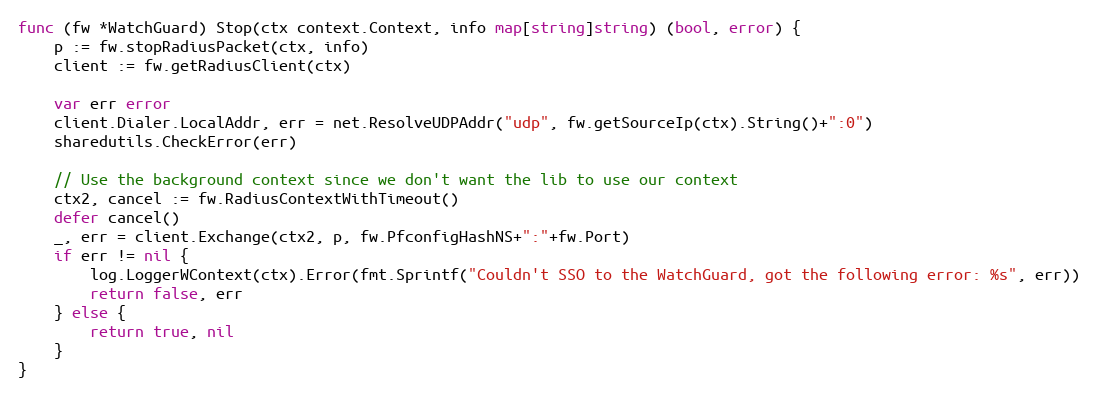
Language: Go
func (fw *WatchGuard) Stop(ctx context.Context, info map[string]string) (bool, error) {
	p := fw.stopRadiusPacket(ctx, info)
	client := fw.getRadiusClient(ctx)

	var err error
	client.Dialer.LocalAddr, err = net.ResolveUDPAddr("udp", fw.getSourceIp(ctx).String()+":0")
	sharedutils.CheckError(err)

	// Use the background context since we don't want the lib to use our context
	ctx2, cancel := fw.RadiusContextWithTimeout()
	defer cancel()
	_, err = client.Exchange(ctx2, p, fw.PfconfigHashNS+":"+fw.Port)
	if err != nil {
		log.LoggerWContext(ctx).Error(fmt.Sprintf("Couldn't SSO to the WatchGuard, got the following error: %s", err))
		return false, err
	} else {
		return true, nil
	}
}